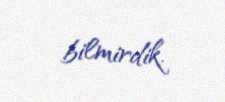
bilmirdik.